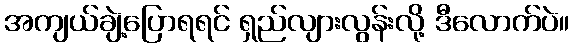
အကျယ်ချဲ့ပြောရရင် ရှည်လျားလွန်းလို့ ဒီလောက်ပဲ။